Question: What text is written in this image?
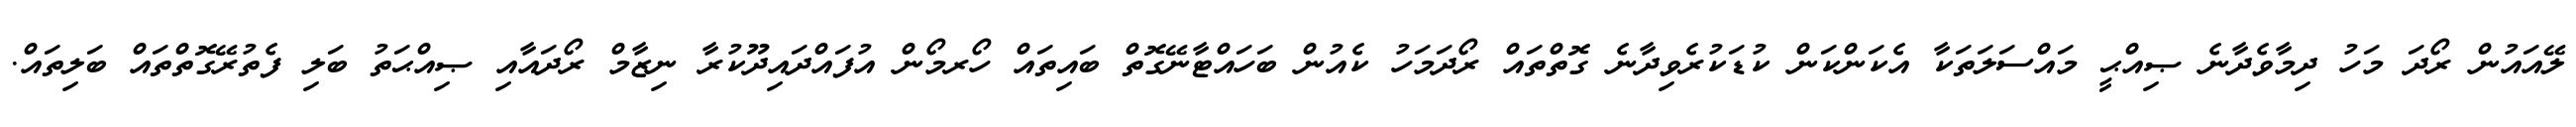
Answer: ލޭއައުން ރޯދަ މަހު ދިމާވެދާނެ ޞިއްޙީ މައްސަލަތަކާ އެކަންކަން ކުޑަކުރެވިދާނެ ގޮތްތައް ރޯދަމަހު ކެއުން ބަހައްޓާނޭގޮތް ބައިތައް ހޯރމޯން އުފައްދައިދޫކުރާ ނިޒާމް ރޯދައާއި ޞިއްޙަތު ބަލި ފެތުރޭގޮތްތައް ބަލިތައް.